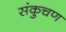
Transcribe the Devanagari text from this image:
संकुचण